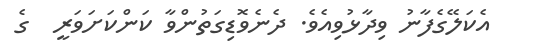
އެކަލޭގެފާނު ވިދާޅުވިއެވެ. ދެނެވޮޑިގަތުންވާ ކަންކަށަވަރީ  ގެ